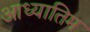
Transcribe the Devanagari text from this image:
आध्यातिम